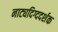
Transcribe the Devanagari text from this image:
नाट्यदिग्ददर्शक